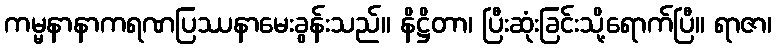
ကမ္မနာနာကရဏပြဿနာမေးခွန်းသည်။ နိဋ္ဌိတာ၊ ပြီးဆုံးခြင်းသို့ရောက်ပြီ။ ရာဇာ၊